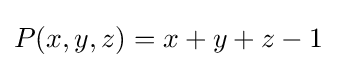
P(x,y,z)=x+y+z-1